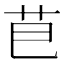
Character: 𮎣